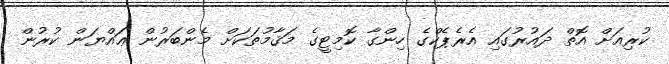
ކުރިއަށް އޮތް ދައުރުގައި އެރެޕެކްގެ ހިންގާ ކޮމިޓީގެ މަޤާމުތަކަށް މެންބަރުން ޢައްޔަން ކުރުން